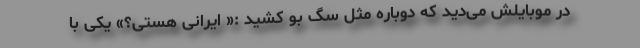
در موبایلش می‌دید که دوباره مثل سگ بو کشید :« ایرانی هستی؟» یکی با